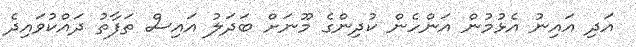
އަދި އައިނު އެޅުމުން އަންހެން ކުދިންގެ މޫނަށް ބަދަލު އައިސް ތަފާތު ދައްކުވައިދެ